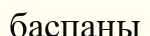
баспаны